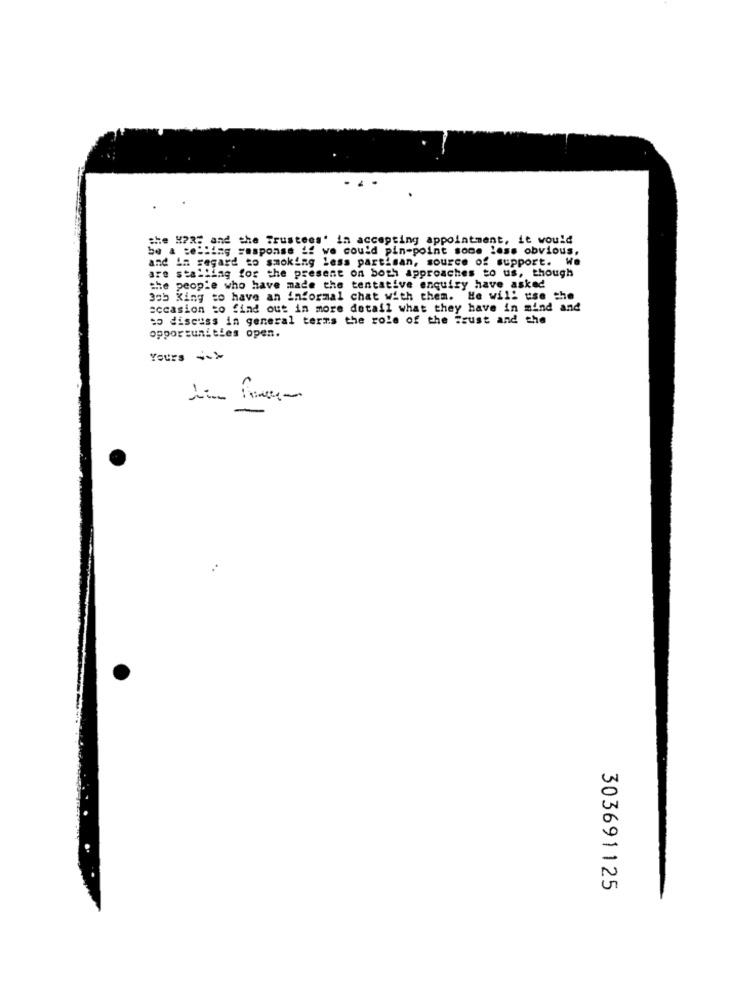
the #225 and the Trustees' in accepting appointment, it would
be a telling =asponse if we could pin-point some less obvious,
and in regard to smoking less partisan, source of support. We
are stalling for the present on both approaches to us, though
the people who have made the tentative enquiry have asked
Job King to have an informal chat with them. He will use the
occasion to find out in more detail what they have in mind and
to discuss in general terms the role of the Frust and the
opportunities open.
Yours ~~ >
303691125